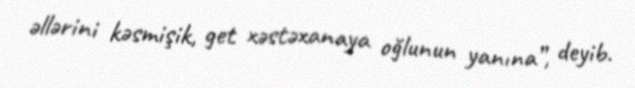
əllərini kəsmişik, get xəstəxanaya oğlunun yanına”, deyib.